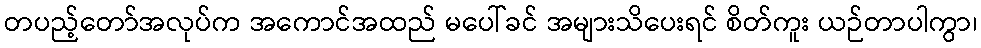
တပည့်တော်အလုပ်က အကောင်အထည် မပေါ်ခင် အများသိပေးရင် စိတ်ကူး ယဉ်တာပါကွာ၊